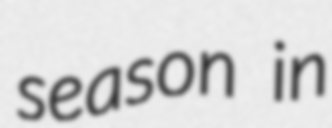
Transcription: season in